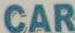
CAR